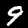
Digit: 9